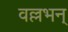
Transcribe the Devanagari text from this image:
वल्लभन्